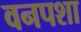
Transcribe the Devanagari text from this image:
वनपशा